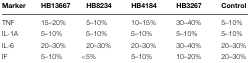
<table><thead><tr><td><b>Marker</b></td><td><b>HB13667</b></td><td><b>HB8234</b></td><td><b>HB4184</b></td><td><b>HB3267</b></td><td><b>Control</b></td></tr></thead><tbody><tr><td>TNF</td><td>15–20%</td><td>5–10%</td><td>10–15%</td><td>30–40%</td><td>5–10%</td></tr><tr><td>IL-1A</td><td>5–10%</td><td>5–10%</td><td>5–10%</td><td>5–10%</td><td>5–10%</td></tr><tr><td>IL-6</td><td>20–30%</td><td>20–30%</td><td>20–30%</td><td>30–40%</td><td>20–30%</td></tr><tr><td>IF</td><td>5–10%</td><td>&lt;5%</td><td>5–10%</td><td>10–20%</td><td>20–30%</td></tr></tbody></table>